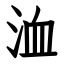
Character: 洫